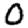
Digit: 0